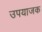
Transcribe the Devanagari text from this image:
उपयाजक